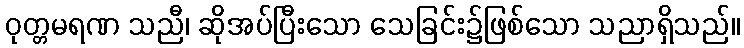
ဝုတ္တမရဏ သညီ၊ ဆိုအပ်ပြီးသော သေခြင်း၌ဖြစ်သော သညာရှိသည်။